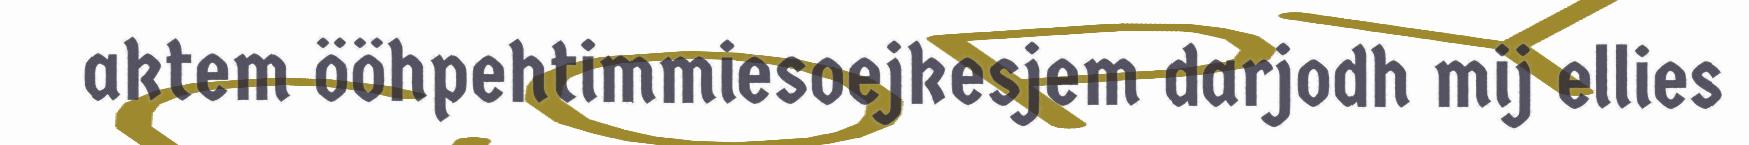
aktem ööhpehtimmiesoejkesjem darjodh mij ellies